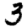
Digit: 3